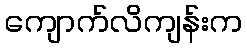
ကျောက်လိကျန်းက